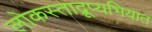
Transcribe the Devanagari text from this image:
लोकस्ताद्रूप्यभियात